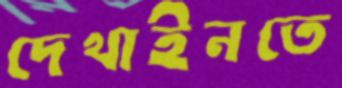
দেখাইনতে